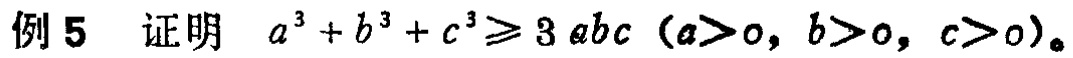
例5 证明 \(a^{3}+b^{3}+c^{3}\geqslant 3abc\ (a > 0, b > 0, c > 0)\)。